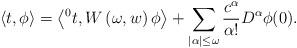
LaTeX: \begin{align*}\left\langle t,\phi \right\rangle = \left\langle {^0t}, W \left( \omega, w \right)\phi \right\rangle + \sum_{|\alpha| \leq \omega} \frac{c^{\alpha}}{\alpha !}D^{\alpha} \phi (0). \end{align*}